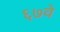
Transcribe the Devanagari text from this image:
६७वे